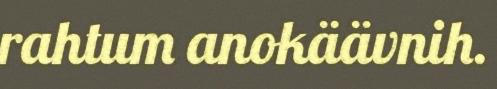
rahtum anokäävnih.